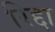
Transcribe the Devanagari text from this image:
रिद्दा